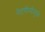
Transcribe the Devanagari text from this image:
नेटपीसीमुळे